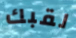
لقبك